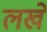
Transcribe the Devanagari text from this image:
लखे